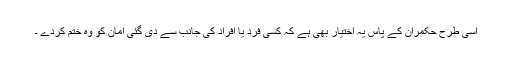
اسی طرح حکمران کے پاس یہ اختیار بھی ہے کہ کسی فرد یا افراد کی جانب سے دی گئی امان کو وہ ختم کردے ۔